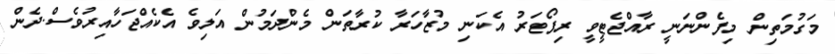
މަގުމަތިން މިފެންނަނީ ރާއްޖެޓީވީ ރިޕޯޓަރު އެކަނި މުޒާހަރާ ކުރާތަން މެންދަމުން އަލިވެ އެކެއްޖަހާއިރުވެސް.ދެން